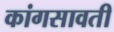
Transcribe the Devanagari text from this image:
कांगसावती